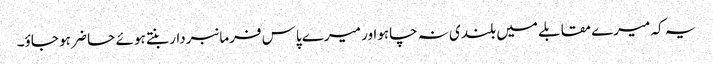
یہ کہ میرے مقابلے میں بلندی نہ چاہواور میرے پاس فرمانبردار بنتے ہوئے حا ضر ہو جاؤ۔